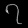
Digit: ၇